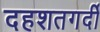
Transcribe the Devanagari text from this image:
दहशतगर्दी